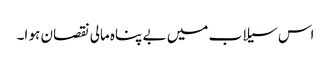
اس سیلاب میں بے پناہ مالی نقصان ہو ا۔